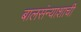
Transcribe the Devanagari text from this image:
बालसंन्याशाची